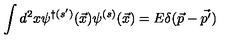
\int d ^ { 2 } x \psi ^ { \dagger ( s ^ { \prime } ) } { ( \vec { x } ) } \psi ^ { ( s ) } { ( \vec { x } ) } = E \delta ( \vec { p } - \vec { p ^ { \prime } } )